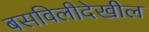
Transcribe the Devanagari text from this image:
बसविलीदेखील